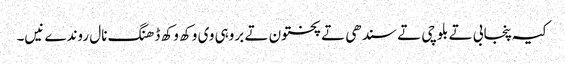
کیہ پنجابی تے بلوچی تے سندھی تے پختون تے بروہی وی وکھ وکھ ڈھنگ نال روندے نیں۔